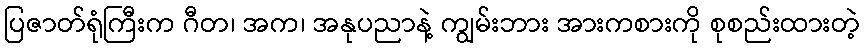
ပြဇာတ်ရုံကြီးက ဂီတ၊ အက၊ အနုပညာနဲ့ ကျွမ်းဘား အားကစားကို စုစည်းထားတဲ့